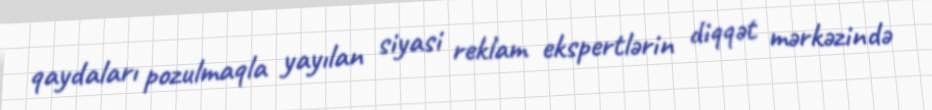
qaydaları pozulmaqla yayılan siyasi reklam ekspertlərin diqqət mərkəzində